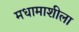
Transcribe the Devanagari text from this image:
मधामाशीला